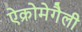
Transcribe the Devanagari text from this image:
ऐक्रोमेगैली